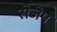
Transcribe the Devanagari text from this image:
सेजेप